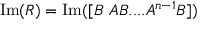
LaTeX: \mathrm { I m } ( R ) = \mathrm { I m } ( [ B \ A B . . . . A ^ { n - 1 } B ] )